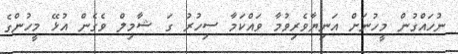
ނުހައްގުން މީހުނަށް އަނިޔާވެރިވުމާ ވައްކަމާ ސިހުރު ގަ ޝާމިލް ވެގެން އުޅޭ މީހުންގެ